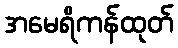
အမေရိကန်ထုတ်